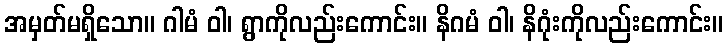
အမှတ်မရှိသော။ ဂါမံ ဝါ၊ ရွာကိုလည်းကောင်း။ နိဂမံ ဝါ၊ နိဂုံးကိုလည်းကောင်း။